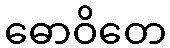
ဓောဝိတေ